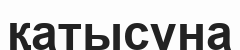
қатысуна